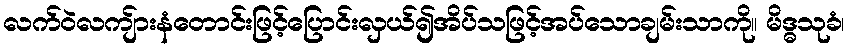
လက်ဝဲလကျ်ားနံတောင်းဖြင့်ပြောင်းလှယ်၍အိပ်သဖြင့်အပ်သောချမ်းသာကို။ မိဒ္ဓသုခံ၊